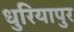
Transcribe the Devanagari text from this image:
धुरियापुर